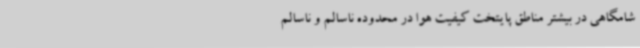
شامگاهی در بیشتر مناطق پایتخت کیفیت هوا در محدوده ناسالم و ناسالم